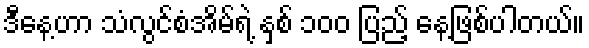
ဒီနေ့ဟာ သံလွင်စံအိမ်ရဲ့ နှစ် ၁၀၀ ပြည့် နေ့ဖြစ်ပါတယ်။